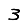
Digit: 3